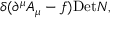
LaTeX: \delta ( \partial ^ { \mu } A _ { \mu } - f ) \mathrm { D e t } N ,